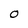
Character: 0